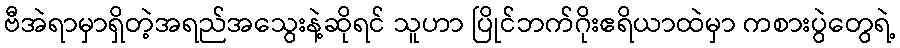
ဗီအဲရာမှာရှိတဲ့အရည်အသွေးနဲ့ဆိုရင် သူဟာ ပြိုင်ဘက်ဂိုးဧရိယာထဲမှာ ကစားပွဲတွေရဲ့